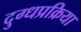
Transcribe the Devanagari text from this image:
दुग्धप्रक्रिया